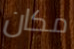
مكان